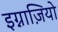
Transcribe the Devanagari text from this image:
इग्नाज़ियो